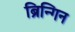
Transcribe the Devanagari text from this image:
ब्रिन्गिन